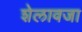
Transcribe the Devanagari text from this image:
शेलावजा